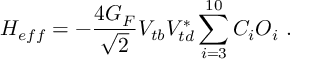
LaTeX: { \cal H } _ { e f f } = - \frac { 4 G _ { F } } { \sqrt { 2 } } V _ { t b } V _ { t d } ^ { * } \sum _ { i = 3 } ^ { 1 0 } C _ { i } O _ { i } ~ .